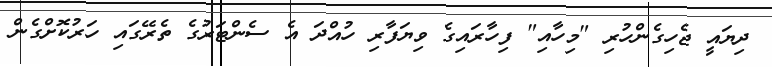
ދިޔައީ ޖެހިގެންހުރި "މިހާއި" ފިހާރައިގެ ވިޔަފާރި ހުއްދަ އެ ސެންޓަރުގެ ތެރޭގައި ހަރުކޮށްގެން